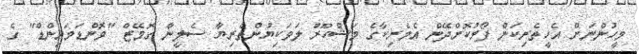
މީހުންނަށް އެހީތެރިކަން ފޯރުކޮށްދޭން އެމެރިކާގެ މަޝްހޫރު ލަވަކިޔުންތެރިޔާ ސެލީނާ ގޮމޭޒް "ވޮންޑަމައިންޑް" ގެ